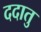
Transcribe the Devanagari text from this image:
ददातु